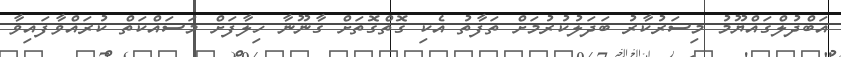
އަބްދުލްގައްޔޫމު މިސަރުކާރު ބަދަލުކުރުމަށް ތަފާތު އެކި ގޮތްގޮތަށް ގާނޫނާ ހިލާފަށް މަސައްކަތް ކުރައްވާފައިވާ